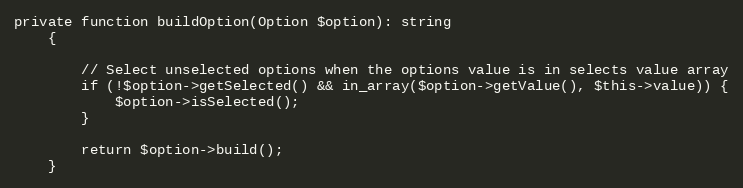
Language: PHP
private function buildOption(Option $option): string
    {

        // Select unselected options when the options value is in selects value array
        if (!$option->getSelected() && in_array($option->getValue(), $this->value)) {
            $option->isSelected();
        }

        return $option->build();
    }